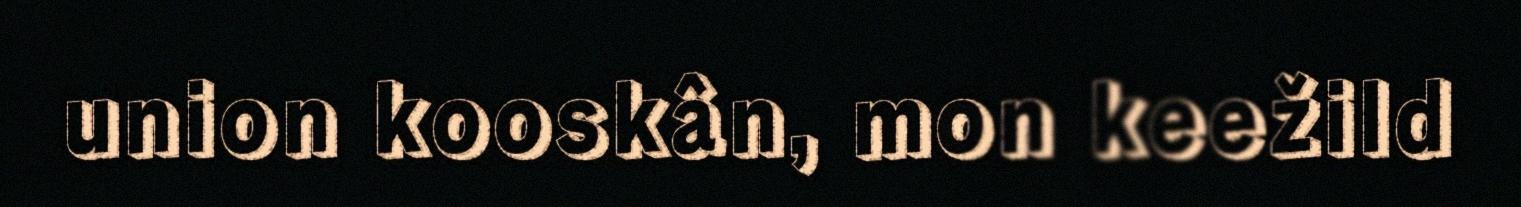
union kooskân, mon keežild